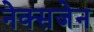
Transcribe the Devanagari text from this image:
नेक्सजेन